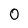
Character: 0